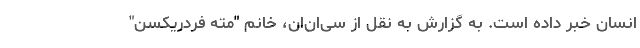
انسان خبر داده است. به گزارش به نقل از سی‌ان‌ان، خانم "مته فردریکسن"